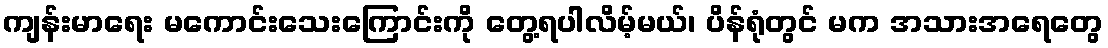
ကျန်းမာရေး မကောင်းသေးကြောင်းကို တွေ့ရပါလိမ့်မယ်၊ ပိန်ရုံတွင် မက အသားအရေတွေ